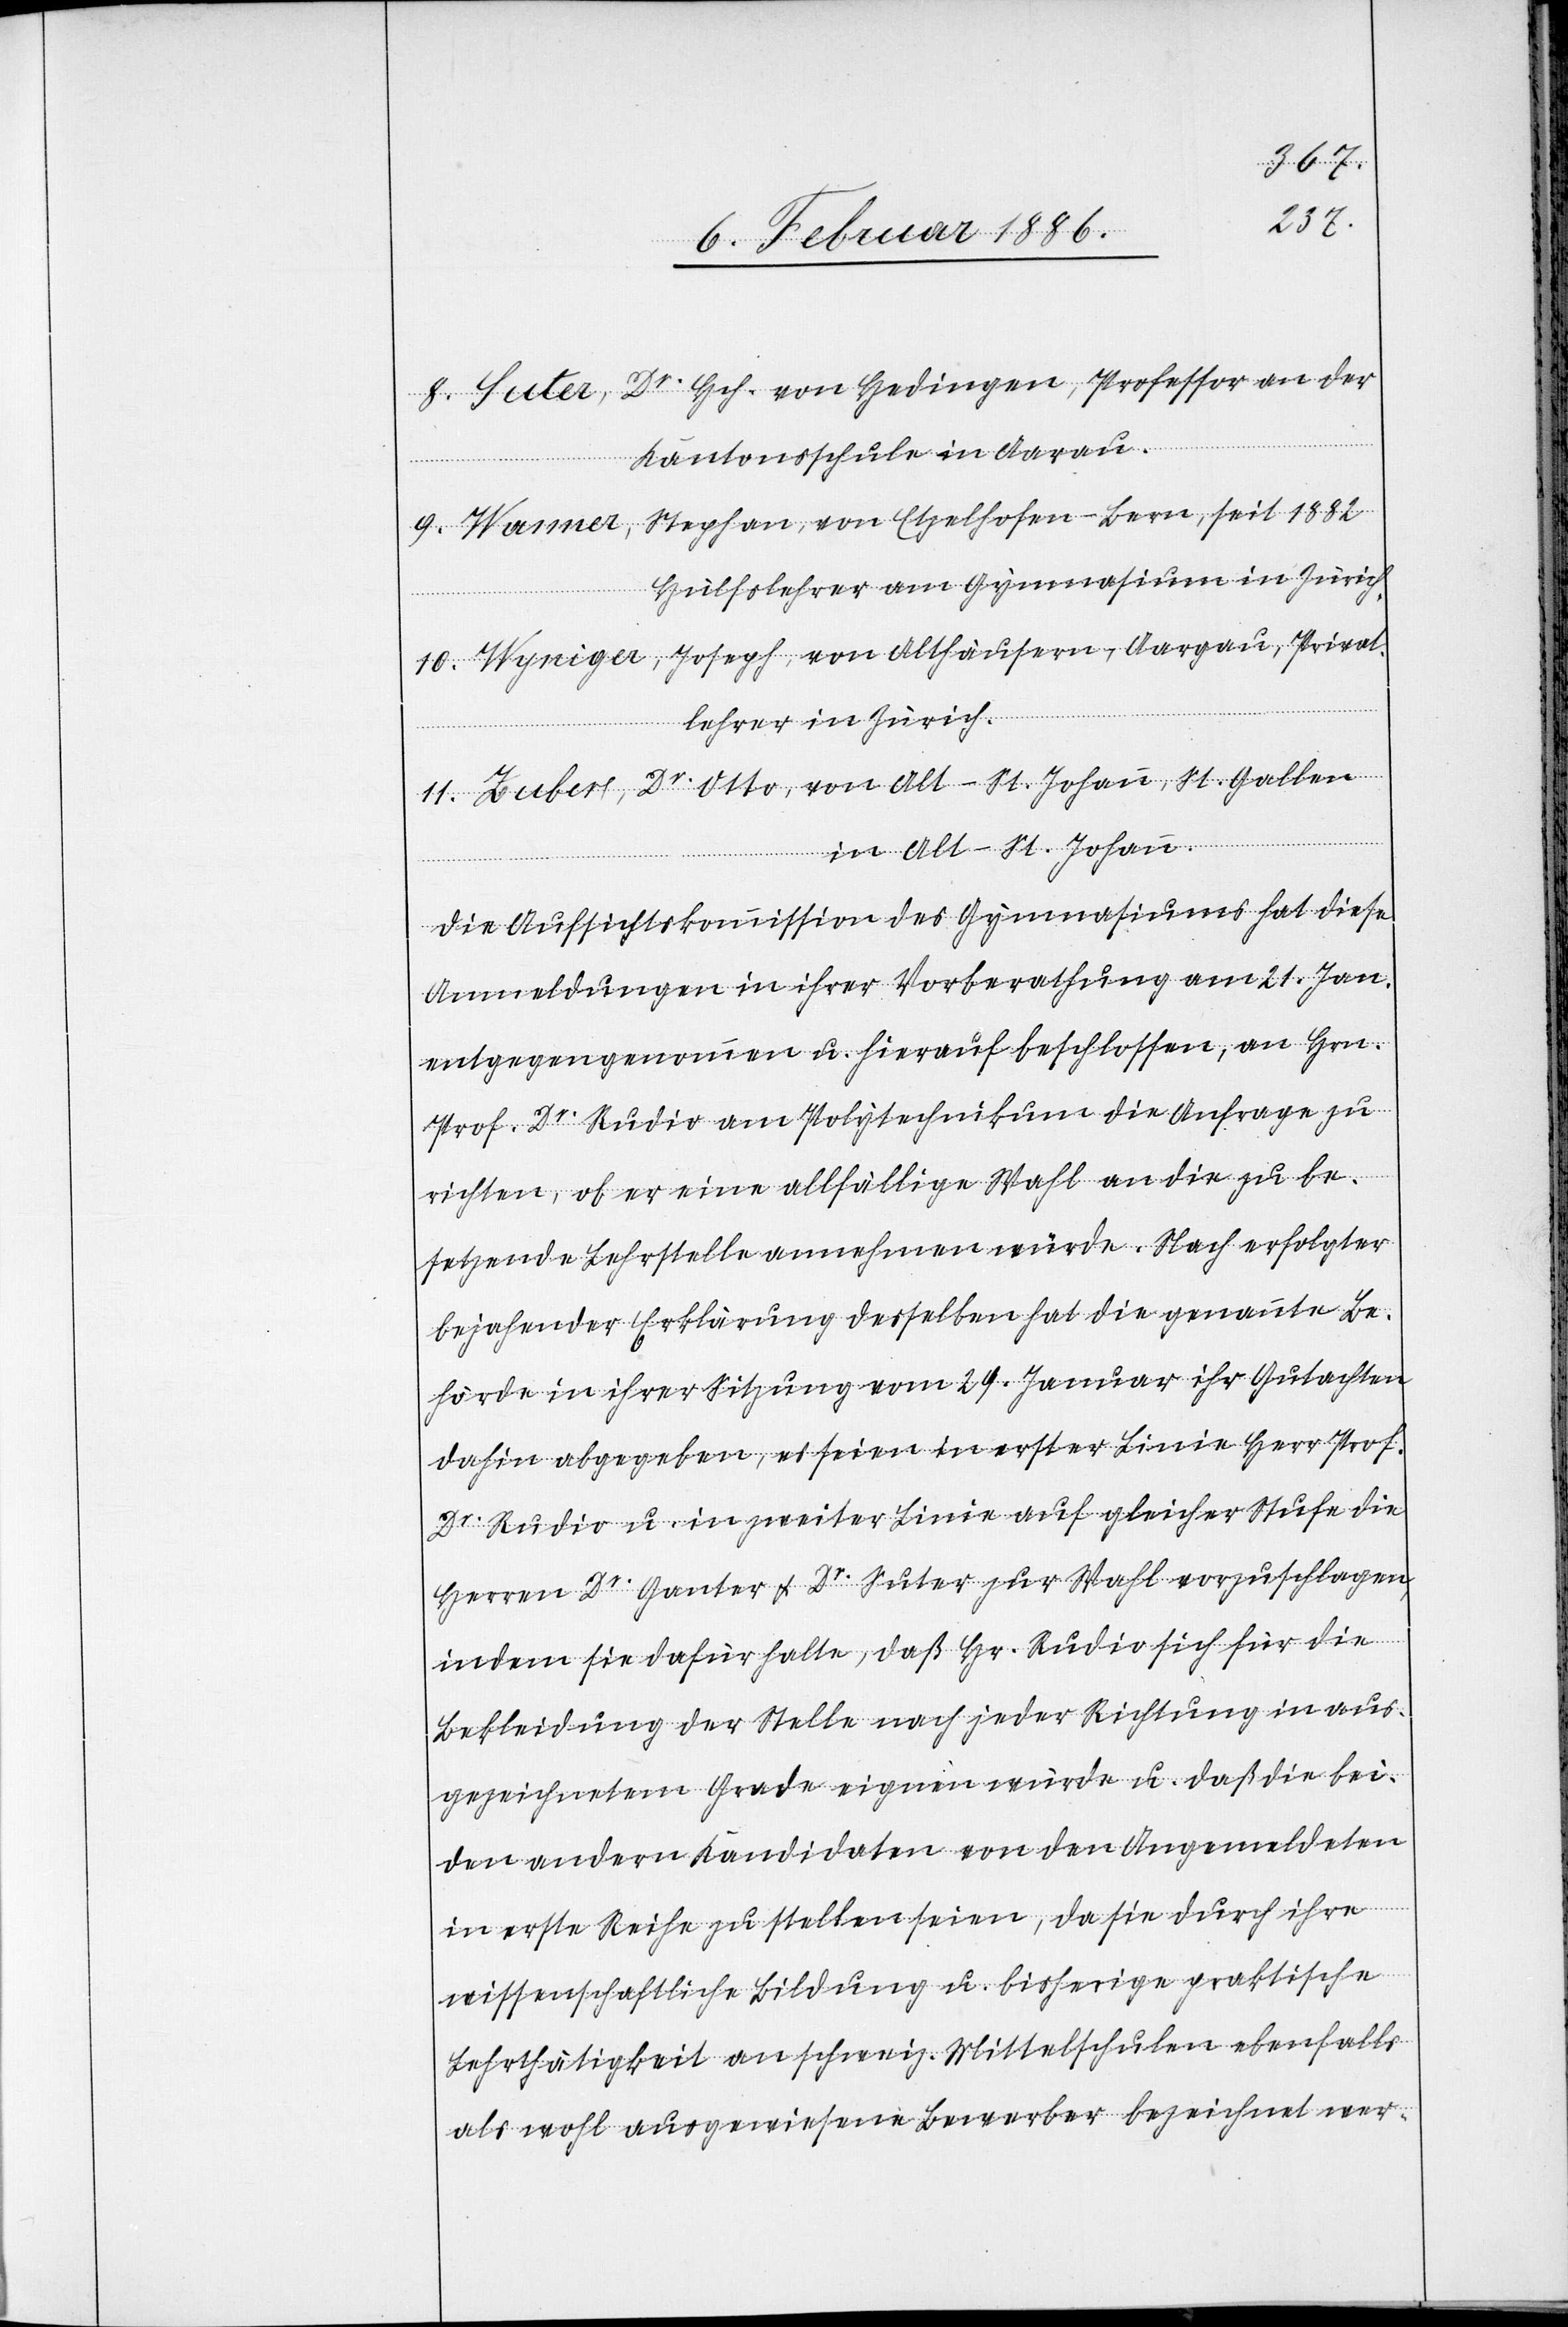
8. Suter, Dr. Hch. von Hedingen, Professor an der
Kantonsschule in Aarau.
9. Wanner, Stephan, von Etzelhofen - Bern, seit 1882,
Hülfslehrer am Gymnasium in Zürich.
10. Wyniger, Joseph von Althäusern, Aargau, Privat¬
Dr.
lehrer in Zürich.
11. Zuber, Dr. Otto, von Alt-St. Johann, St. Gallen
in Alt-St. Johann.
Suter zur
Die Aufsichtskommission des Gymnasiums hat diese
Anmeldungen in ihrer Vorberathung am 21. Jan.
entgegen genommen u. hierauf beschlossen, an Hrn.
Prof. Dr. Rudio am Polytechnikum die Anfrage zu
richten, ob er eine allfällige Wahl an die zu be¬
setzende Lehrstelle annehmen würde. Nach erfolgter
bejahender Erklärung desselben hat die genannte Be¬
hörde in ihrer Sitzung vom 29. Januar ihr Gutachten
dahin abgebeben, es seien in erster Linie Herr Prof.
indem sie dafür halten, daß Hr. Rudio sich für die
Bekleidung der Stelle nach jeder Richtung in aus¬
gezeichnetem Grade eignen würde u. daß die bei¬
den andern Kandidaten von den Angemeldeten
in erste Reihe zu stellen seien, da sie durch ihre
wissenschaftliche Bildung u. bisherige praktische
Lehrtätigkeit an schweiz. Mittelschulen ebenfalls
als wohl ausgewiesene Bewerber bezeichnet wer-